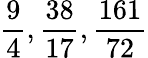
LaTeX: {\frac{9}{4}},{\frac{38}{17}},{\frac{161}{72}}